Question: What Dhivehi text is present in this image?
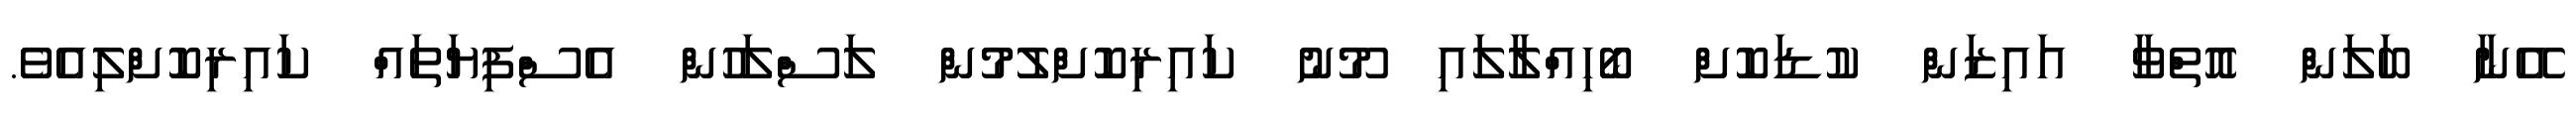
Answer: އޭނާ ބަލަން އޮތްވާ އައިޒަން ކުޑަކޮށް ބޯހިއްލާލައި މޫނު ކައިރިކޮށްލުމުން ލަސްލަހުން އެސްފިޔަތައް ކައިރިކޮށްލިއެވެ.